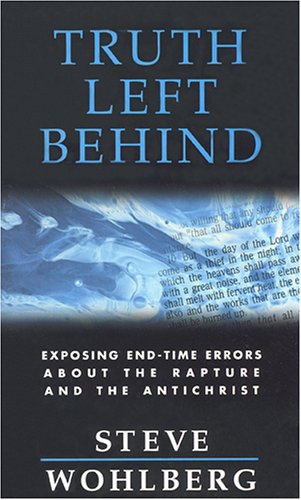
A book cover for Truth Left Behind: Exposing End-Time Errors about the Rapture and the Antichrist; Steve Wohlberg; Christian Books & Bibles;